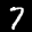
Label: 7